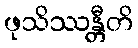
ဖုသိဿန္တီတိ